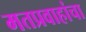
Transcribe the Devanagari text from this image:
मतप्रवाहांचा